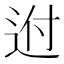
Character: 𨒕